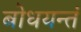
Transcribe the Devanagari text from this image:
बोधयन्तं